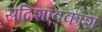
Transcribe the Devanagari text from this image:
सदिशावकाश